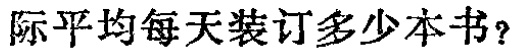
际平均每天装订多少本书？